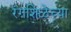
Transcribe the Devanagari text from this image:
रंगशिळेच्या